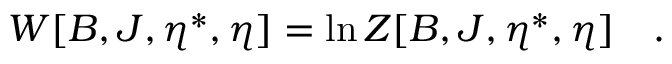
W [ B , J , \eta ^ { \ast } , \eta ] = \ln Z [ B , J , \eta ^ { \ast } , \eta ] \quad .